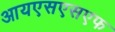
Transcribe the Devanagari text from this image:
आयएसएसएफ